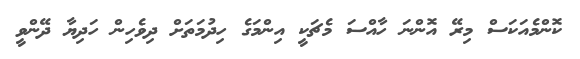
ކޮންމެއަކަސް މިރޭ އޮންނަ ހާއްސަ މެޗަކީ އިންމަގެ ހިދުމަތަށް ދިވެހިން ހަދިޔާ ދޭންވީ